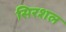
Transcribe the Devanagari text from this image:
सिरशल